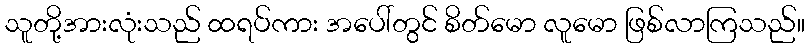
သူတို့အားလုံးသည် ထရပ်ကား အပေါ်တွင် စိတ်မော လူမော ဖြစ်လာကြသည်။